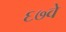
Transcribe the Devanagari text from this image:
६७वे